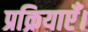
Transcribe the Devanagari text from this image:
प्रक्रियाएँ।